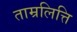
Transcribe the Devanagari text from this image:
ताम्रलित्ति